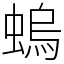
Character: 螐